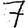
Digit: 7